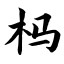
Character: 杩